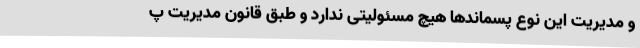
و مدیریت این نوع پسماندها هیچ مسئولیتی ندارد و طبق قانون مدیریت پ